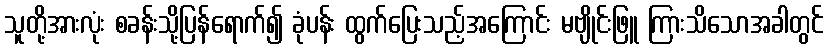
သူတို့အားလုံး စခန်းသို့ပြန်ရောက်၍ ခုံပန်း ထွက်ပြေးသည့်အကြောင်း မဗျိုင်းဖြူ ကြားသိသောအခါတွင်